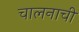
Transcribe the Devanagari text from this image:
चालनाची